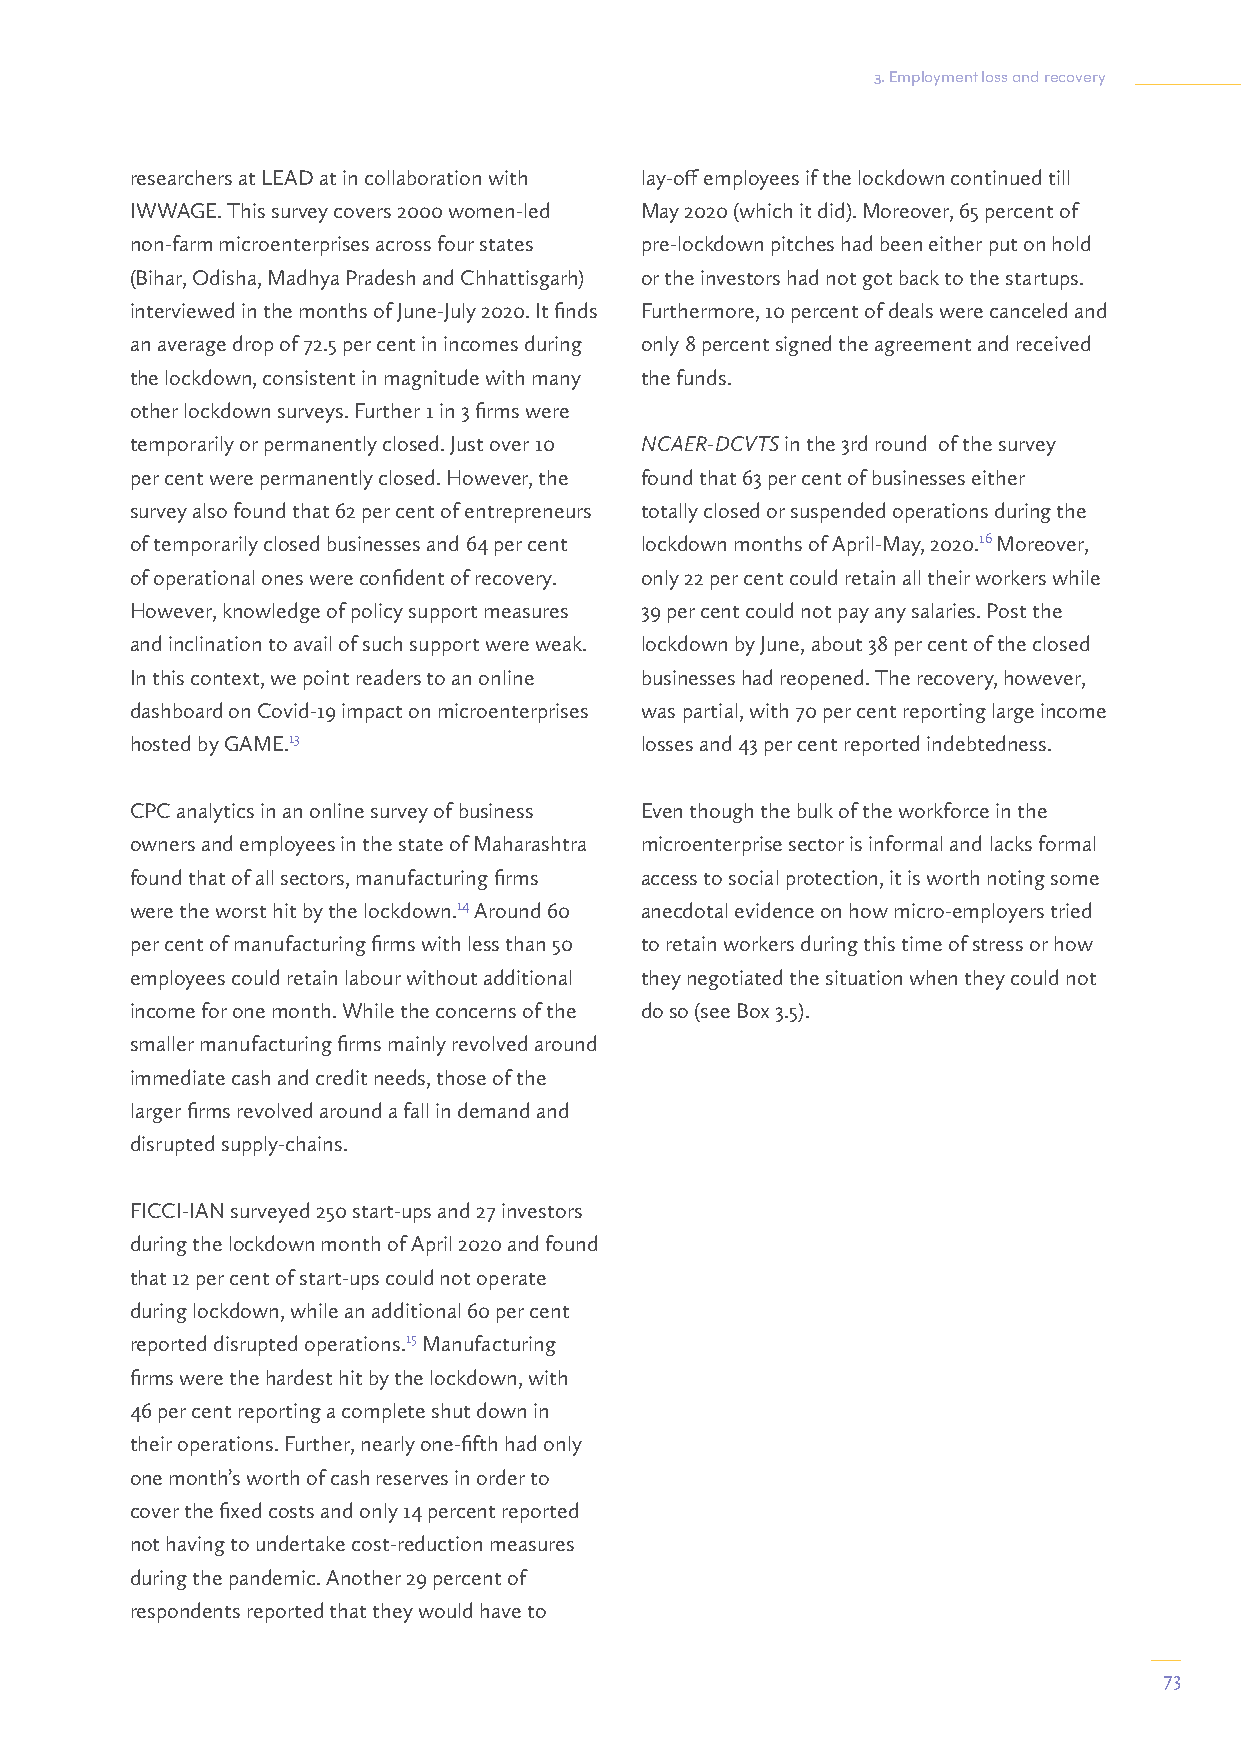
3. Employment loss and recovery
 researchers at LEAD at in collaboration with lay-off employees if the lockdown continued till
 IWWAGE. This survey covers 2000 women-led May 2020 (which it did). Moreover, 65 percent of
 non-farm microenterprises across four states pre-lockdown pitches had been either put on hold
 (Bihar, Odisha, Madhya Pradesh and Chhattisgarh) or the investors had not got back to the startups.
 interviewed in the months of June-July 2020. It finds Furthermore, 10 percent of deals were canceled and
 an average drop of 72.5 per cent in incomes during only 8 percent signed the agreement and received
 the lockdown, consistent in magnitude with many the funds.
 other lockdown surveys. Further 1 in 3 firms were
 temporarily or permanently closed. Just over 10 NCAER-DCVTS in the 3rd round of the survey
 per cent were permanently closed. However, the found that 63 per cent of businesses either
 survey also found that 62 per cent of entrepreneurs totally closed or suspended operations during the
 of temporarily closed businesses and 64 per cent lockdown months of April-May, 2020.16 Moreover,
 of operational ones were confident of recovery. only 22 per cent could retain all their workers while
 However, knowledge of policy support measures 39 per cent could not pay any salaries. Post the
 and inclination to avail of such support were weak. lockdown by June, about 38 per cent of the closed
 In this context, we point readers to an online businesses had reopened. The recovery, however,
 dashboard on Covid-19 impact on microenterprises was partial, with 70 per cent reporting large income
 hosted by GAME.13                losses and 43 per cent reported indebtedness.
 CPC analytics in an online survey of business Even though the bulk of the workforce in the
 owners and employees in the state of Maharashtra microenterprise sector is informal and lacks formal
 found that of all sectors, manufacturing firms access to social protection, it is worth noting some
 were the worst hit by the lockdown.14 Around 60 anecdotal evidence on how micro-employers tried
 per cent of manufacturing firms with less than 50 to retain workers during this time of stress or how
 employees could retain labour without additional they negotiated the situation when they could not
 income for one month. While the concerns of the do so (see Box 3.5).
 smaller manufacturing firms mainly revolved around
 immediate cash and credit needs, those of the
 larger firms revolved around a fall in demand and
 disrupted supply-chains.
 FICCI-IAN surveyed 250 start-ups and 27 investors
 during the lockdown month of April 2020 and found
 that 12 per cent of start-ups could not operate
 during lockdown, while an additional 60 per cent
 reported disrupted operations.15 Manufacturing
 firms were the hardest hit by the lockdown, with
 46 per cent reporting a complete shut down in
 their operations. Further, nearly one-fifth had only
 one month’s worth of cash reserves in order to
 cover the fixed costs and only 14 percent reported
 not having to undertake cost-reduction measures
 during the pandemic. Another 29 percent of
 respondents reported that they would have to
 73